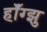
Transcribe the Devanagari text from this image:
हॉँग्झु